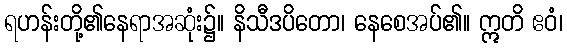
ရဟန်းတို့၏နေရာအဆုံး၌။ နိသီဒပိတော၊ နေစေအပ်၏။ ဣတိ ဧဝံ၊